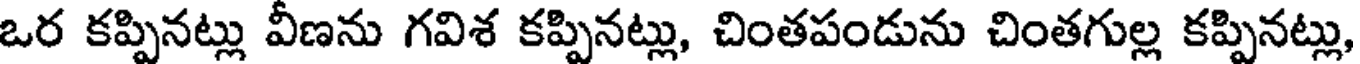
ఒర కప్పినట్లు వీణను గవిశ కప్పినట్లు, చింతపండును చింతగుల్ల కప్పినట్లు,